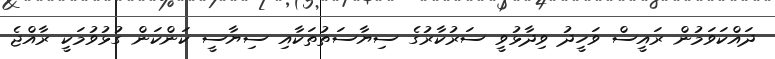
ދައްކަވަމުން ރައީސް ވަހީދު ވިދާޅުވީ ސަރުކާރުގެ ސިޔާސަތުތަކާއި ސިޔާސީ ކަންކަން ގުޅުވުމަކީ ރާއްޖެ